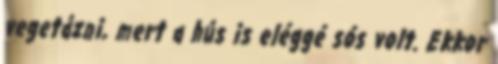
vegetázni, mert a hús is eléggé sós volt. Ekkor